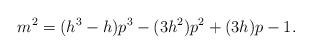
LaTeX: \begin{align*}m^2=(h^3-h)p^3-(3h^2)p^2+(3h)p-1.\end{align*}